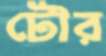
টৌর